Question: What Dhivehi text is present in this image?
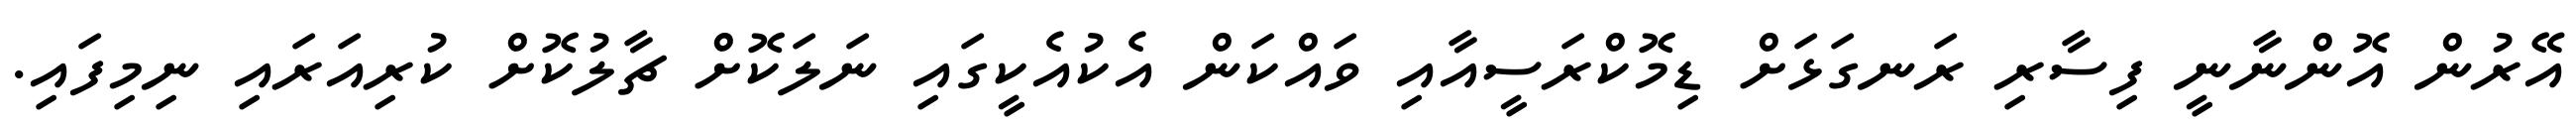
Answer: އޭރުން އޮންނާނީ ފިސާރި ރަނގަޅަށް ޑިމޮކްރަސީއާއި ވައްކަން އެކުއެކީގައި ނަލަކޮށް ޗާލުކޮށް ކުރިއަރައި ނިމިފައި.